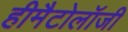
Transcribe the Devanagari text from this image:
हीमैटोलॉजी